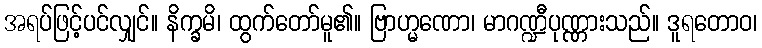
အရပ်ဖြင့်ပင်လျှင်။ နိက္ခမိ၊ ထွက်တော်မူ၏။ ဗြာဟ္မဏော၊ မာဂဏ္ဍီပုဏ္ဏားသည်။ ဒူရတောဝ၊